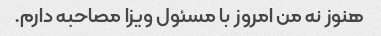
هنوز نه من امروز با مسئول ویزا مصاحبه دارم.